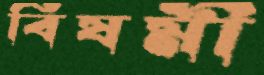
বিষমী